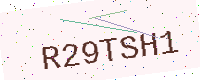
Text: R29TSH1